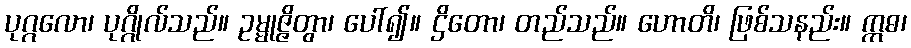
ပုဂ္ဂလော၊ ပုဂ္ဂိုလ်သည်။ ဥမ္မုဇ္ဇိတွာ၊ ပေါ်၍။ ဌိတော၊ တည်သည်။ ဟောတိ၊ ဖြစ်သနည်း။ ဣဓ၊